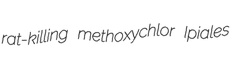
rat-killing methoxychlor Ipiales